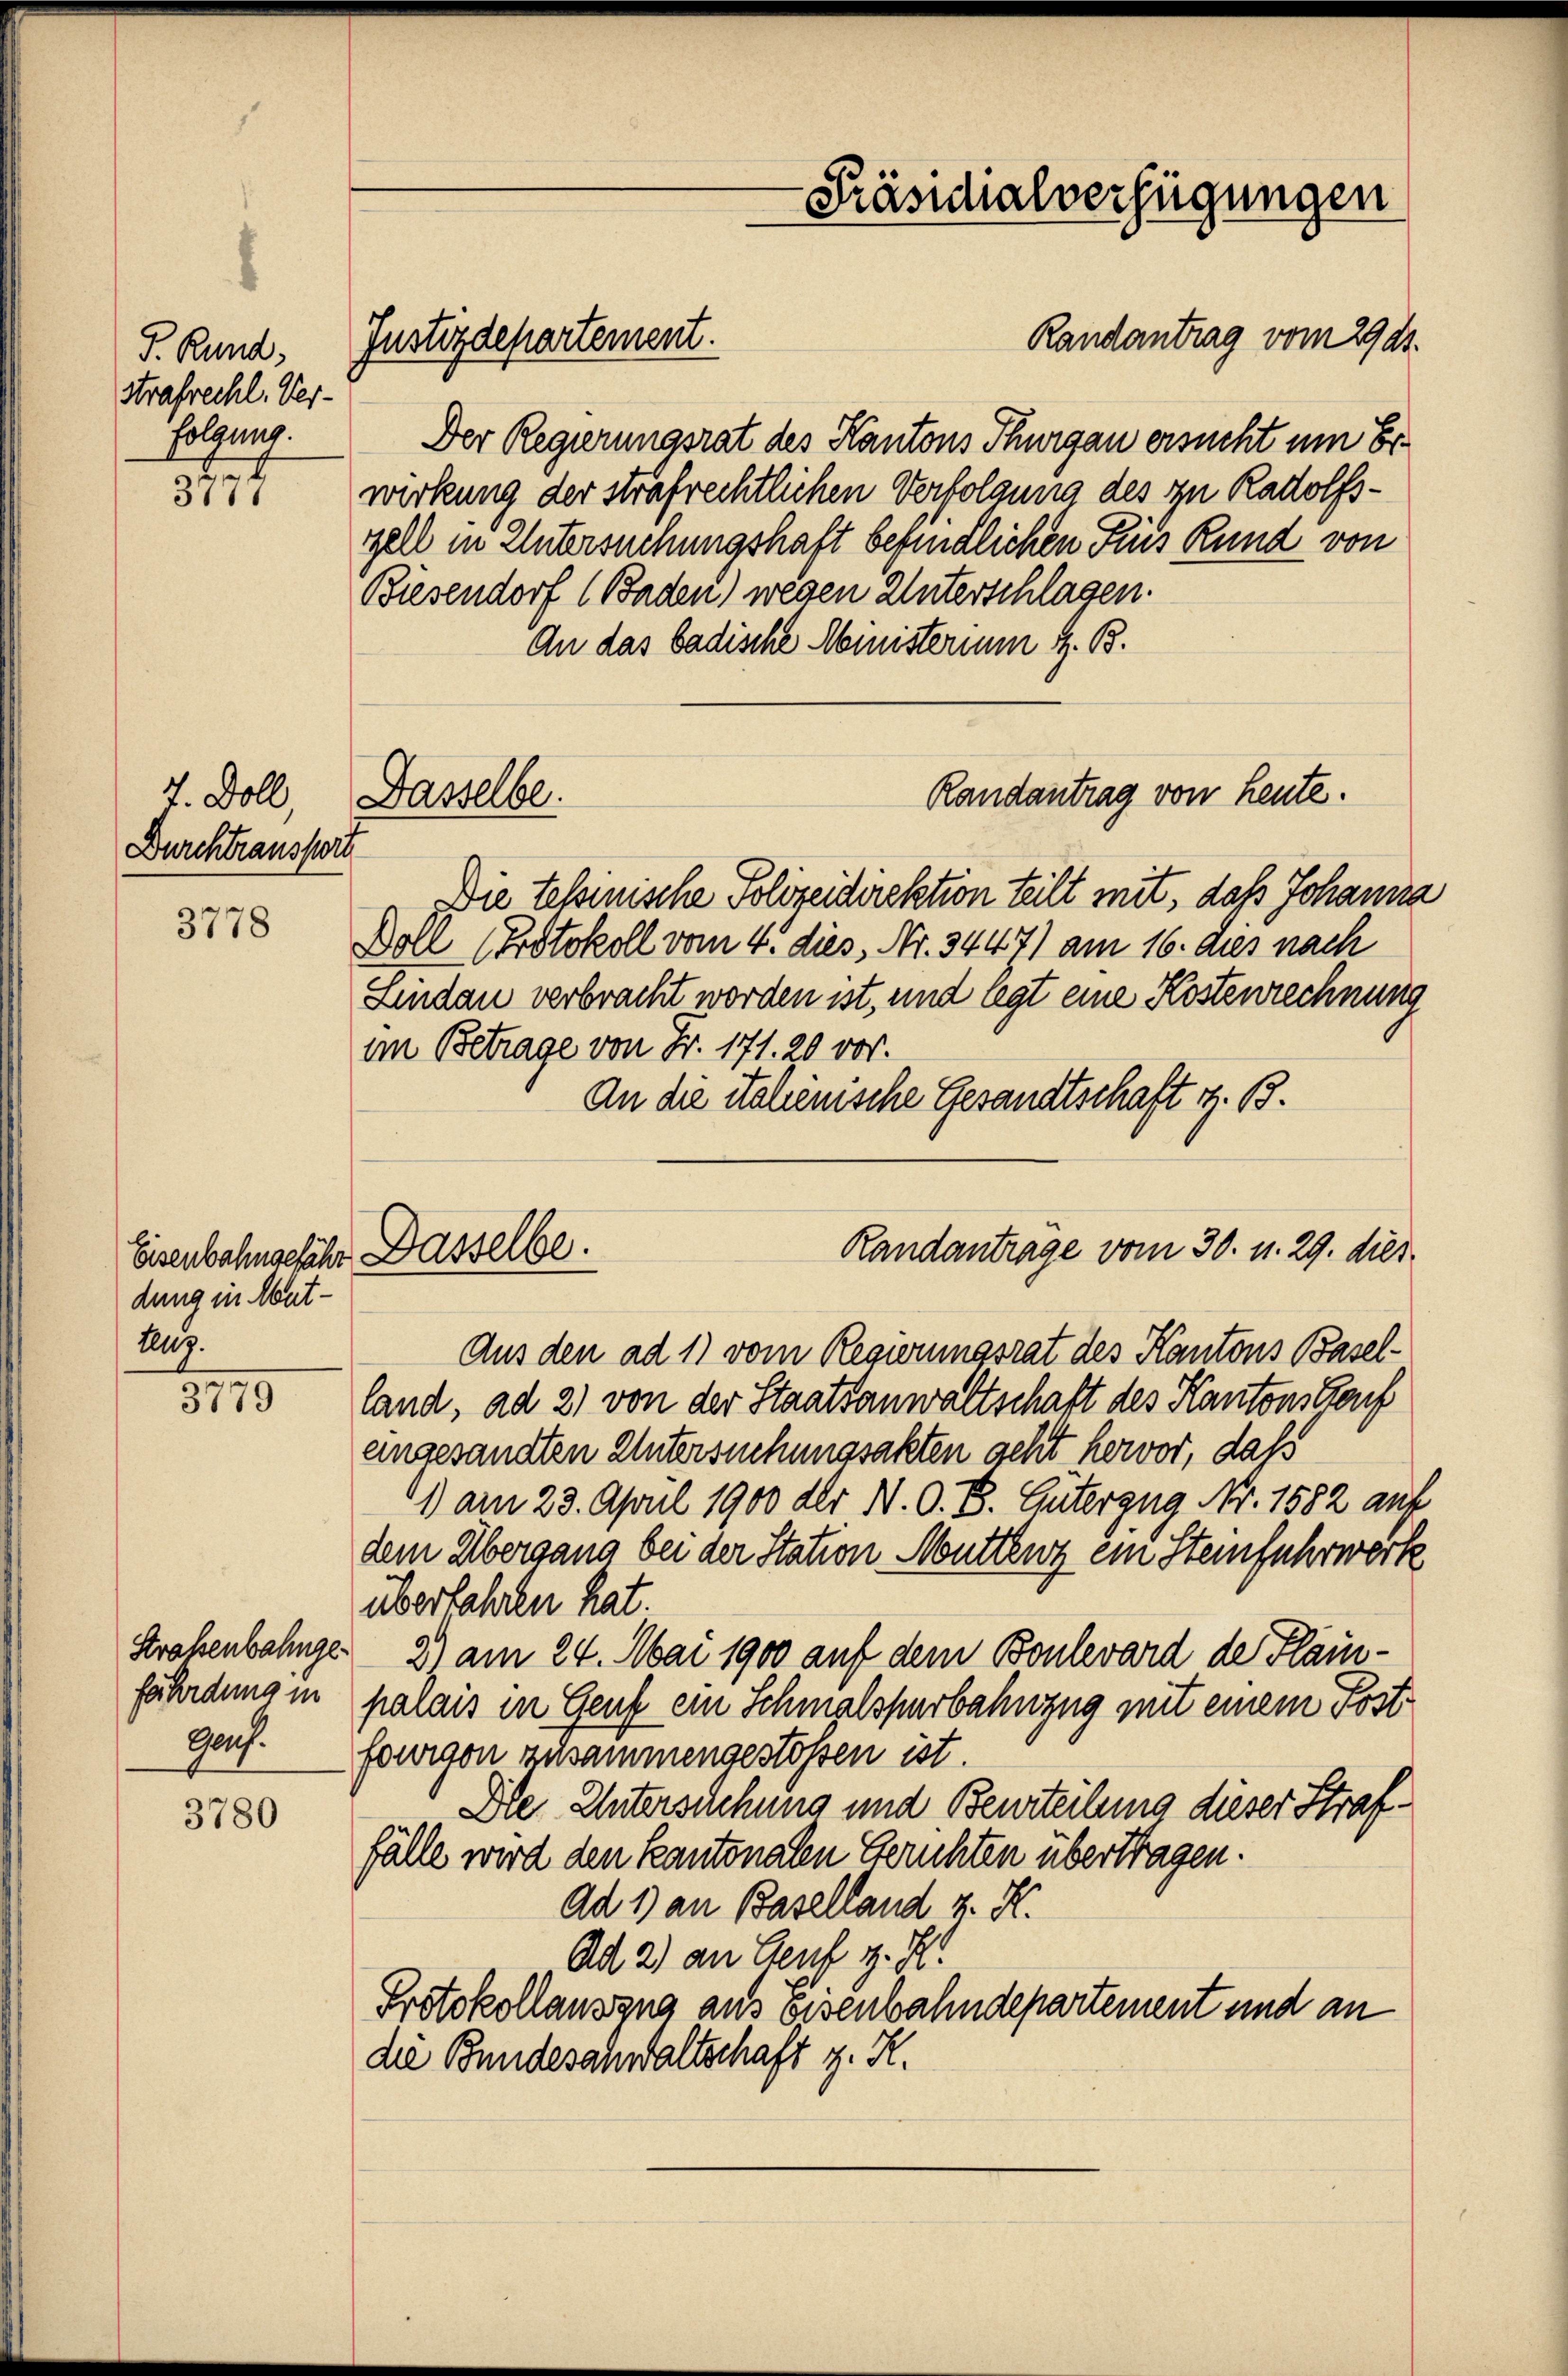
J. Rund,
strafrecht. Ver-
folgung.

511

7. Doll
Durchtransport

3778

dung in Mut¬
Zeuz.

3779

Straßenbahnge
ferfordung in
Genf.

3780

Randantrag vom 29. ds.
Der Regierungsrat des Kantons Thurgau ersucht um Erwirkung der strafrechtlichen Verfolgung des zu Radolfszell in Untersuchungshaft befindlichen Fris Rund von
Biesendorf (Baden) wegen Unterschlagen.
An das badische Ministerium z. B.
Die tessinische Polizeidirektion teilt mit, daß Johanna
Doll (Protokoll vom 4. dies, Nr. 3447) am 16. dies nach
Lindau verbracht worden ist, und legt eine Kostenrechnung
im Betrage von Fr. 171. 20 vor.
An die italienische Gesandtschaft z. B.
Randantrage vom 30. v. 29. dies
Eisenbahnsefähr Dasselbe.
Aus den ad 1) vom Regierungsrat des Kantons Baselland, ad 2) von der Staatsanwaltschaft des Kantonssteuf
eingesandten Untersuchungsakten geht hervor, daß
1 am 23. April 1900 der N. O. B. Güterzug Nr. 1582 auf
dem Übergang bei der Station Muttenz ein Steinfuhrwerk
überfahren hat.
2) am 24. Mai 1900 auf dem Boulevard der Plainpalais in Genf ein Schmalspurbahnzug mit einem Postfouigon zusammengestossen ist.
Die Unterschung und Beurteilung dieser Straffälle wird den kantonalen Gerichten übertragen.
Ad 1) an Baselland z. K.
Ad 2) an Genf z. Z.
Protokollauszug aus eisenbahndepartement und an
die Bundesahwaltschaft z. R.

Dasselbe.

Justizdepartement.

Präsidialverfügungen

Randantrag von heute.